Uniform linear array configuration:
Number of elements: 8
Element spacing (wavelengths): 0.25
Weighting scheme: kaiser
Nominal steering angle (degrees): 30
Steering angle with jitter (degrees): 30.61
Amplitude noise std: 0.05
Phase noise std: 0.05

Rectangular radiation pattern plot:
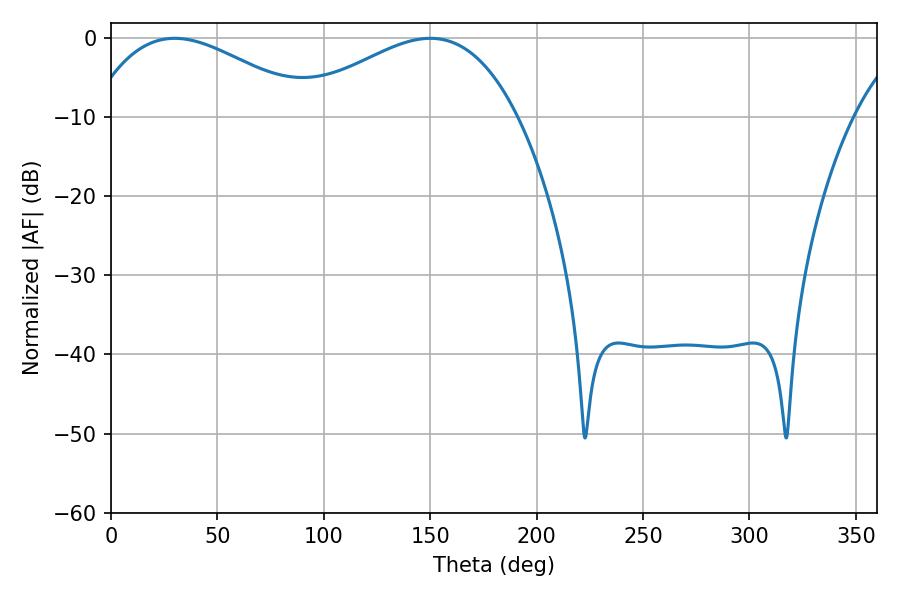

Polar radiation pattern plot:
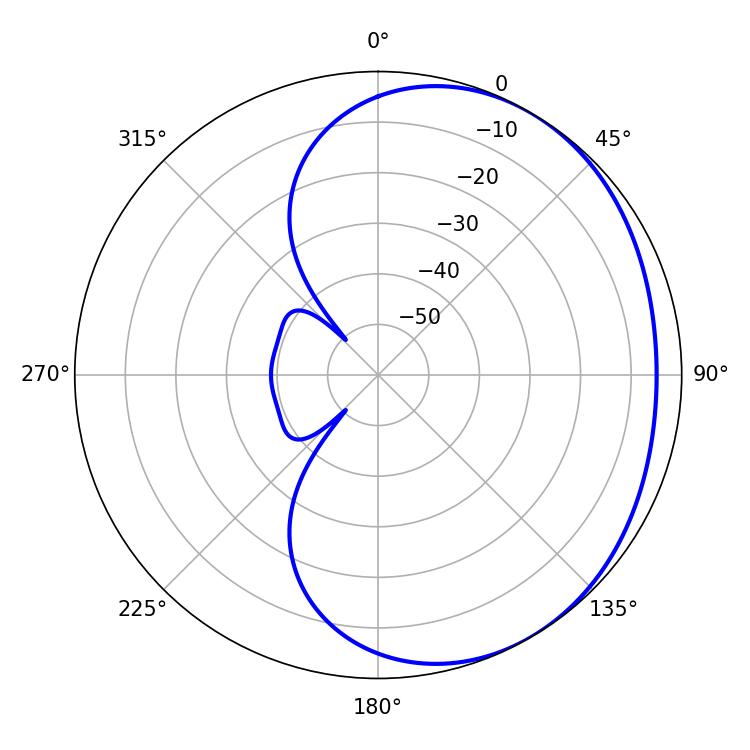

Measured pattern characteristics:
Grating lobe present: FALSE
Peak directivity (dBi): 2.269
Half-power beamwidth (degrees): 57.06
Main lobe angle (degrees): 29.88